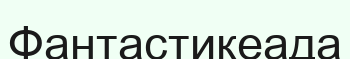
Фантастикеада